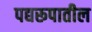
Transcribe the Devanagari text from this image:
पद्यरूपातील